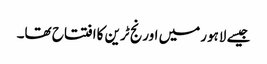
جیسے لاہورمیں اورنج ٹرین کاافتتاح تھا۔